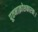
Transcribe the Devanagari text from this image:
पूतनाक्रोशकारकः।